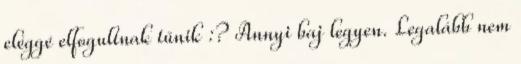
eléggé elfogultnak tűnik :? Annyi baj legyen. Legalább nem